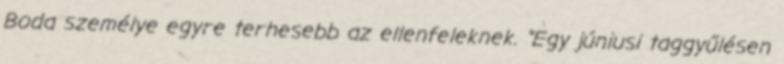
Boda személye egyre terhesebb az ellenfeleknek. "Egy júniusi taggyűlésen